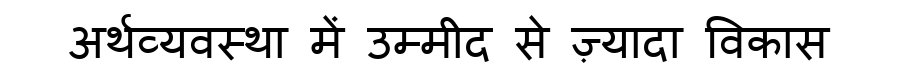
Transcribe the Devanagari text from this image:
अर्थव्यवस्था में उम्मीद से ज़्यादा विकास